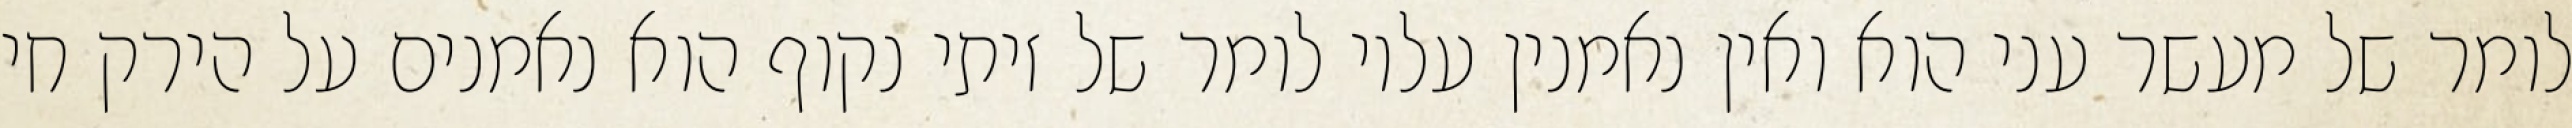
לומר של מעשר עני הוא ואין נאמנין עליו לומר של זיתי נקוף הוא נאמנים על הירק חי